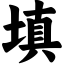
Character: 填